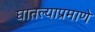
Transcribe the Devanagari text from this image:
घातल्याप्रमाणे